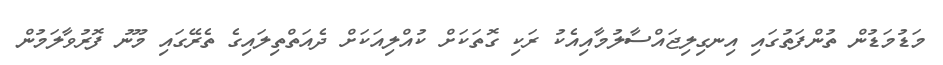
މަޑުމަޑުން ތުންފަތުގައި އިނގިލިޖައްސާލުމާއިއެކު ރަކި ގޮތަކަށް ކުއްލިއަކަށް ދެއަތްތިލައިގެ ތެރޭގައި މޫނު ފޮރުވާލަމުން